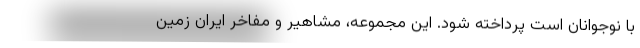
با نوجوانان است پرداخته شود. این مجموعه، مشاهیر و مفاخر ایران زمین